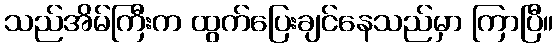
သည်အိမ်ကြီးက ထွက်ပြေးချင်နေသည်မှာ ကြာပြီ။